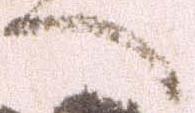
へ